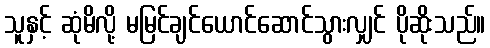
သူနှင့် ဆုံမိလို့ မမြင်ချင်ယောင်ဆောင်သွားလျှင် ပိုဆိုးသည်။